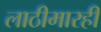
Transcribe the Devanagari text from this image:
लाठीमारही